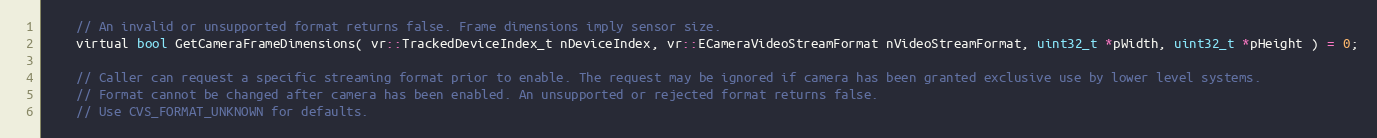
Language: C
	// An invalid or unsupported format returns false. Frame dimensions imply sensor size.
	virtual bool GetCameraFrameDimensions( vr::TrackedDeviceIndex_t nDeviceIndex, vr::ECameraVideoStreamFormat nVideoStreamFormat, uint32_t *pWidth, uint32_t *pHeight ) = 0;

	// Caller can request a specific streaming format prior to enable. The request may be ignored if camera has been granted exclusive use by lower level systems.
	// Format cannot be changed after camera has been enabled. An unsupported or rejected format returns false.
	// Use CVS_FORMAT_UNKNOWN for defaults.